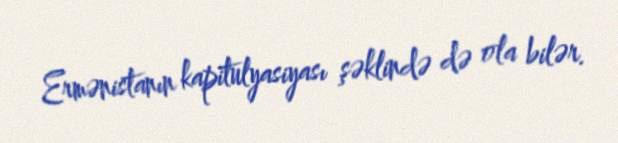
Ermənistanın kapitulyasiyası şəklində də ola bilər.